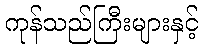
ကုန်သည်ကြီးများနှင့်